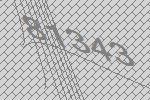
81343